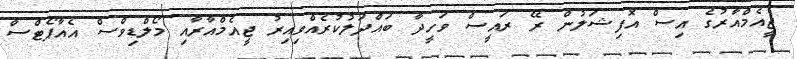
ޖީއެމްއާރުގެ އިސް އޮފިޝަލުން ރޭ ރައީސް ވަހީދާ ބައްދަލުކުރެއްވިއިރު ޖީއެމްއާރާއި މޯލްޑިވްސް އެއާޕޯޓްސް